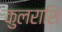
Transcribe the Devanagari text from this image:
कुलराशि